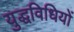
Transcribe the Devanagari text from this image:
युद्धविधियों